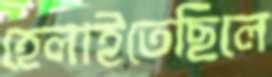
হেলাইতেছিলে